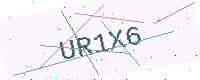
Text: UR1X6